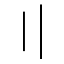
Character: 〢